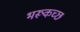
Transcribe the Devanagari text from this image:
भरूकच्छ